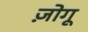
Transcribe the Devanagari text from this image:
ज़ोगू